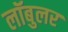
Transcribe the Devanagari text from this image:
लॉबुलर